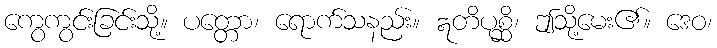
ကွေကွင်းခြင်းသို့။ ပတ္တော၊ ရောက်သနည်း။ ဣတိပုစ္ဆိ၊ ဤသို့မေး၏။ ဒေဝ၊